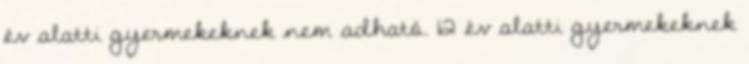
év alatti gyermekeknek nem adható. 12 év alatti gyermekeknek